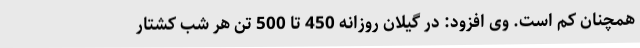
همچنان کم است. وی افزود: در گیلان روزانه 450 تا 500 تن هر شب کشتار